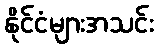
နိုင်ငံများအသင်း